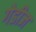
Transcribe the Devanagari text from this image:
गेडीज